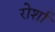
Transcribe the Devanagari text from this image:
रोर्शा